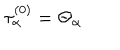
\tau _ { \alpha } ^ { ( 0 ) } = \Theta _ { \alpha }